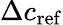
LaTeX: \Delta c_{\mathrm{{ref}}}